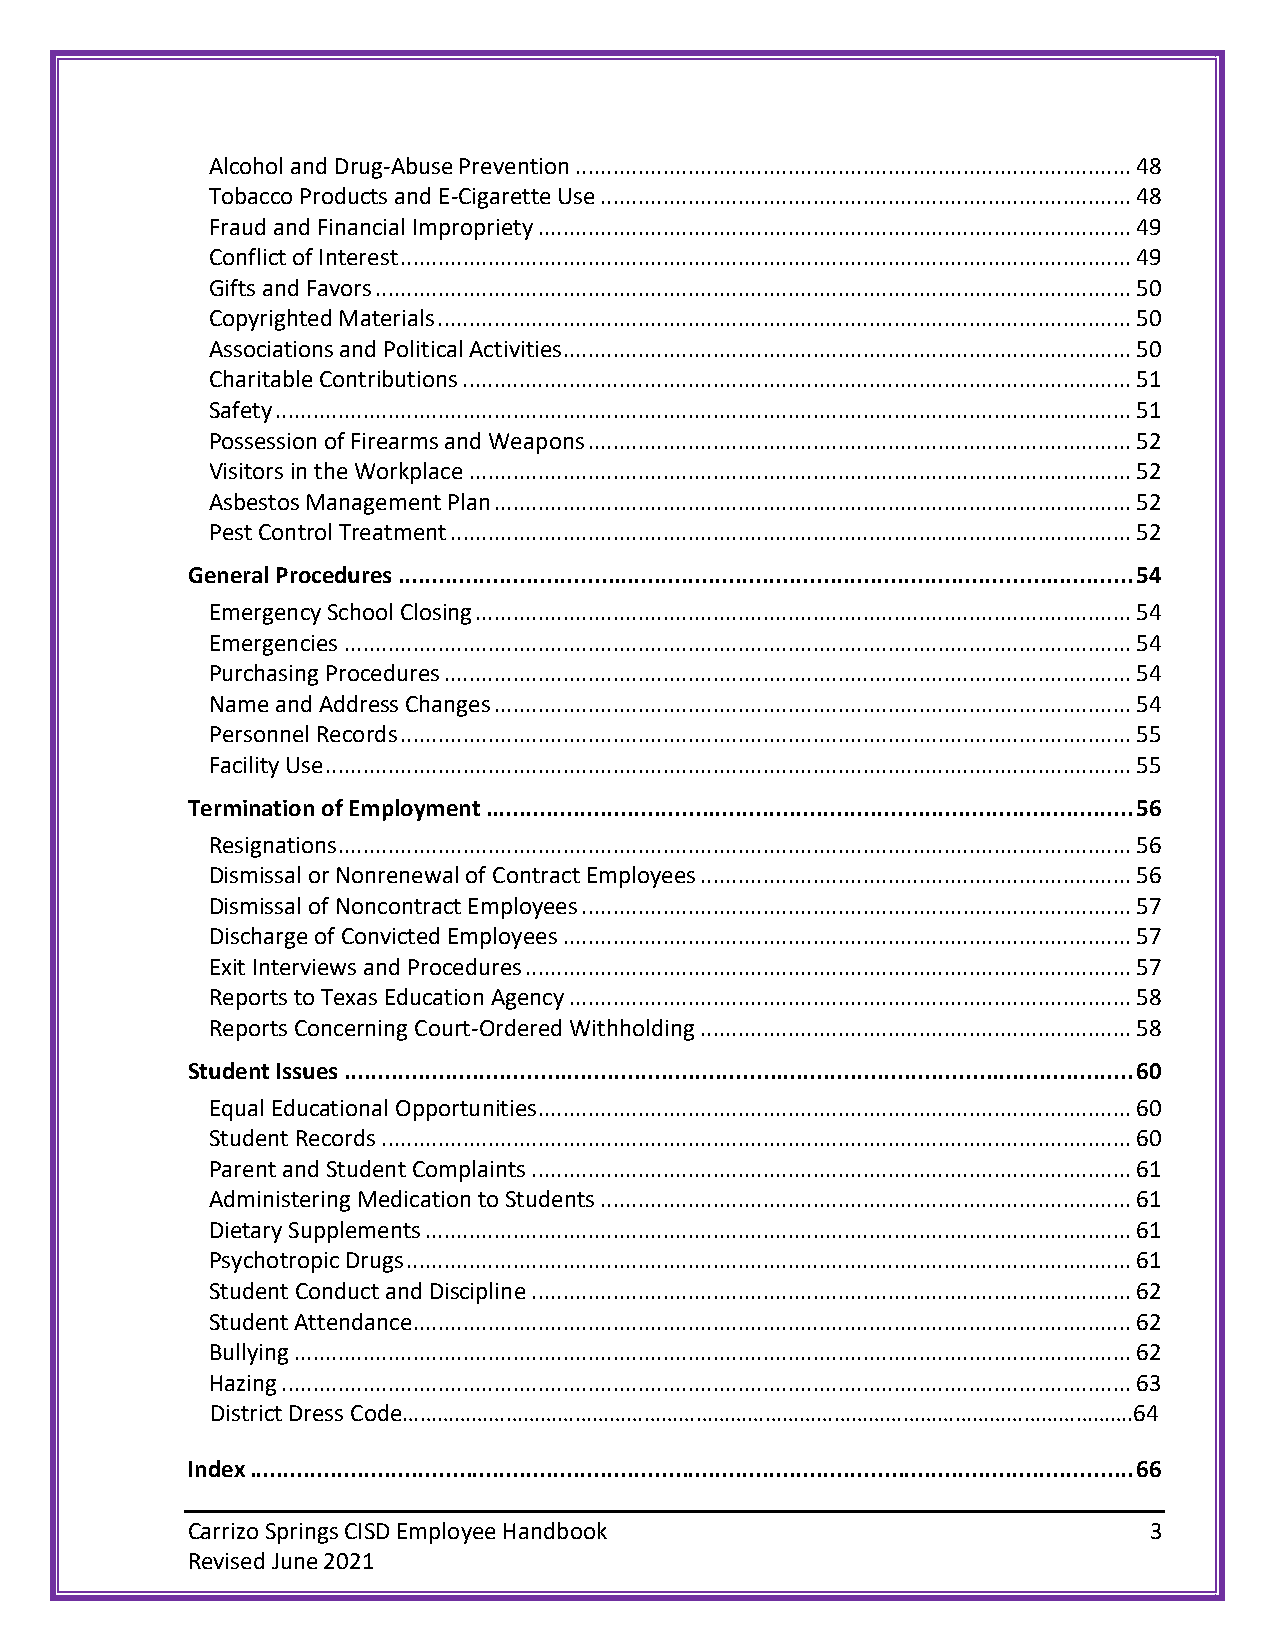
Alcohol and Drug-Abuse Prevention ......................................................................................... 48
 Tobacco Products and E-Cigarette Use ..................................................................................... 48
 Fraud and Financial Impropriety ............................................................................................... 49
 Conflict of Interest ..................................................................................................................... 49
 Gifts and Favors ......................................................................................................................... 50
 Copyrighted Materials ............................................................................................................... 50
 Associations and Political Activities ........................................................................................... 50
 Charitable Contributions ........................................................................................................... 51
 Safety ......................................................................................................................................... 51
 Possession of Firearms and Weapons ....................................................................................... 52
 Visitors in the Workplace .......................................................................................................... 52
 Asbestos Management Plan ...................................................................................................... 52
 Pest Control Treatment ............................................................................................................. 52
 General Procedures ............................................................................................................. 54
 Emergency School Closing ......................................................................................................... 54
 Emergencies .............................................................................................................................. 54
 Purchasing Procedures .............................................................................................................. 54
 Name and Address Changes ...................................................................................................... 54
 Personnel Records ..................................................................................................................... 55
 Facility Use ................................................................................................................................. 55
 Termination of Employment ................................................................................................ 56
 Resignations ............................................................................................................................... 56
 Dismissal or Nonrenewal of Contract Employees ..................................................................... 56
 Dismissal of Noncontract Employees ........................................................................................ 57
 Discharge of Convicted Employees ........................................................................................... 57
 Exit Interviews and Procedures ................................................................................................. 57
 Reports to Texas Education Agency .......................................................................................... 58
 Reports Concerning Court-Ordered Withholding ..................................................................... 58
 Student Issues ..................................................................................................................... 60
 Equal Educational Opportunities ............................................................................................... 60
 Student Records ........................................................................................................................ 60
 Parent and Student Complaints ................................................................................................ 61
 Administering Medication to Students ..................................................................................... 61
 Dietary Supplements ................................................................................................................. 61
 Psychotropic Drugs .................................................................................................................... 61
 Student Conduct and Discipline ................................................................................................ 62
 Student Attendance ................................................................................................................... 62
 Bullying ...................................................................................................................................... 62
 Hazing ........................................................................................................................................ 63
 District Dress Code……………………………………………………………………………………………………………….64
 Index ................................................................................................................................... 66
 Carrizo Springs CISD Employee Handbook                          3
 Revised June 2021